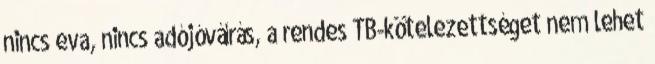
nincs eva, nincs adójóváírás, a rendes TB-kötelezettséget nem lehet